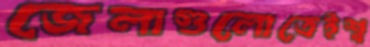
জেলাগুলোতেইশ্ব